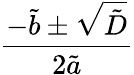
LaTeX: \frac{-\tilde{b}\pm\sqrt{\tilde{D}}}{2\tilde{a}}